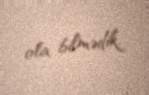
ola bilmədik.